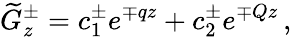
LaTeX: \widetilde{G}_{z}^{\pm}=c_{1}^{\pm}e^{\mp qz}+c_{2}^{\pm}e^{\mp Qz}\, ,